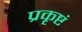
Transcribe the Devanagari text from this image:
प्रकृष्टं